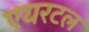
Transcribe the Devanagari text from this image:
एयरटल